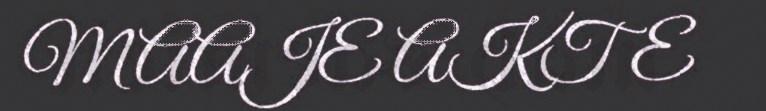
MAAJE AKTE